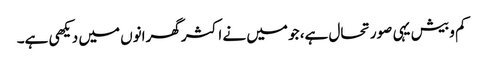
کم و بیش یہی صورتحال ہے، جو میں نے اکثر گھرانوں میں دیکھی ہے۔